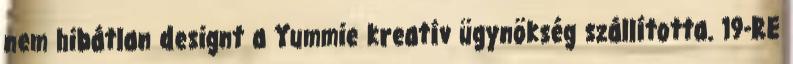
nem hibátlan designt a Yummie kreatív ügynökség szállította. 19-RE